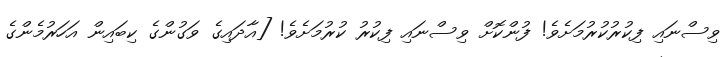
ވިސްނައި ފިކުރުކުރުމަށެވެ! ފުންކޮށް ވިސްނައި ފިކުރު ކުރުމަށެވެ! [އާދައިގެ ވަގުންގެ ކިބައިން އަހަރުމެންގެ